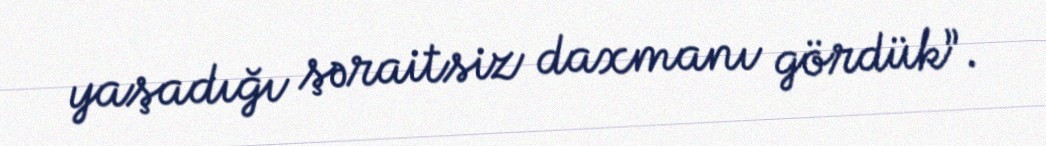
yaşadığı şəraitsiz daxmanı gördük”.